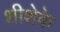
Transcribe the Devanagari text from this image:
शीशेके